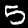
Digit: 5